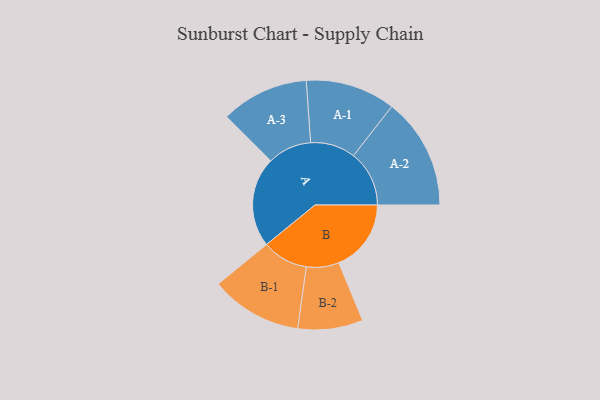
{"axis": {"x": "Segment", "y": "Value"}, "legend": ["", "A", "B"], "data": [{"x": "A", "y": 473, "type": ""}, {"x": "B", "y": 380, "type": ""}, {"x": "A-1", "y": 236, "type": "A"}, {"x": "A-2", "y": 293, "type": "A"}, {"x": "A-3", "y": 231, "type": "A"}, {"x": "B-1", "y": 241, "type": "B"}, {"x": "B-2", "y": 171, "type": "B"}]}